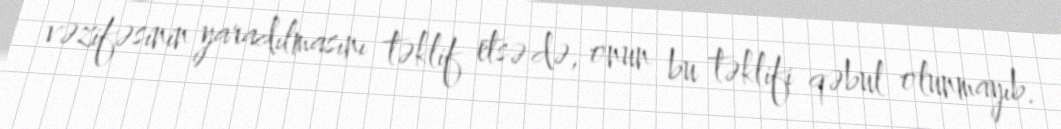
vəzifəsinin yaradılmasını təklif etsə də, onun bu təklifi qəbul olunmayıb.